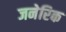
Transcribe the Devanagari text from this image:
जनेरिक